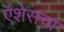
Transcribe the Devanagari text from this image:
ऍशेसचा